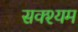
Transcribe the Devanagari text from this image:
सक्श्यम